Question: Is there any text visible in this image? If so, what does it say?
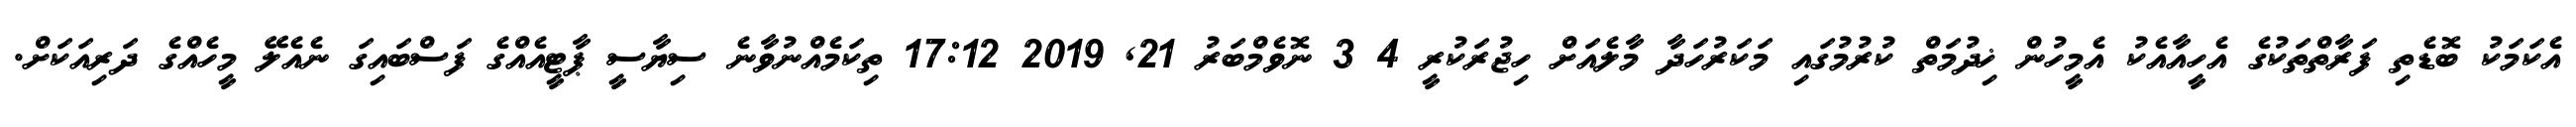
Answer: އެކަމަކު ބޮޑެތި ފަރާތްތަކުގެ އެހީއާއެކު އެމީހުން ޚިދުމަތް ކުރުމުގައި މަކަރުހަދާ މާލެއަށް ހިޖުރަކުރީ 4 3 ނޮވެމްބަރު 21, 2019 17:12 ތިކަމެއްނުވާނެ ސިޔާސީ ޕާޓީއެއްގެ ފަސްބައިގަ ނެއެލޭ މީހެއްގެ ދަރިއަކަށް.